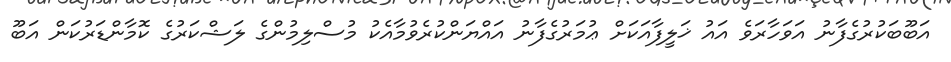
އަބޫބަކުރުގެފާނު އަވަހާރަވެ އައު ޚަލީފާއަކަށް ޢުމަރުގެފާނު އައްޔަންކުރެވުމާއެކު މުސްލިމުންގެ ލަޝްކަރުގެ ކޮމާންޑަރުކަން އަބޫ